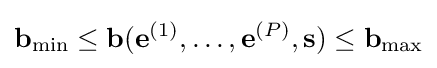
\mathbf {b} _{\min }\leq \mathbf {b} (\mathbf {e} ^{(1)},\ldots ,\mathbf {e} ^{(P)},\mathbf {s} )\leq \mathbf {b} _{\max }